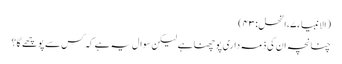
(الانبیاء ۷،النحل :۳ ۴)
چنانچہ ان کی ذمہ داری پوچھنا ہے لیکن سوال یہ ہے کہ کس سے پوچھے گا؟